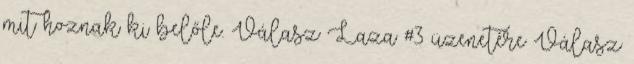
mit hoznak ki belőle. Válasz Laza #3 üzenetére Válasz